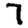
Digit: 7